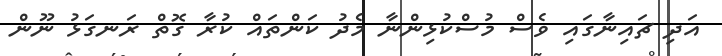
އަދި ޗައިނާގައި ވެސް މުސްކުޅިންނާ މެދު ކަންތައް ކުރާ ގޮތް ރަނގަޅު ނޫން